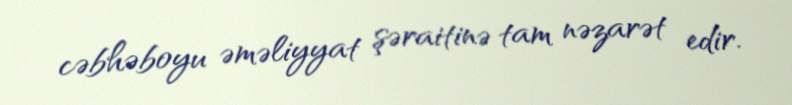
cəbhəboyu əməliyyat şəraitinə tam nəzarət edir.